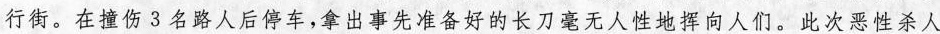
行街。在撞伤3名路人后停车,拿出事先准备好的长刀毫无人性地挥向人们。此次恶性杀人